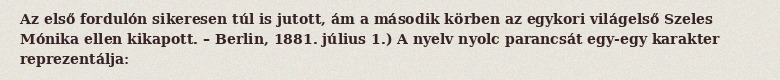
Az első fordulón sikeresen túl is jutott, ám a második körben az egykori világelső Szeles Mónika ellen kikapott. – Berlin, 1881. július 1.) A nyelv nyolc parancsát egy-egy karakter reprezentálja: